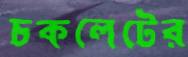
চকলেটের